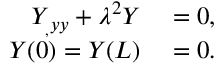
\begin{array} { r l } { Y _ { _ , y y } + \lambda ^ { 2 } Y } & { { } = 0 , } \\ { Y ( 0 ) = Y ( L ) } & { { } = 0 . } \end{array}